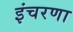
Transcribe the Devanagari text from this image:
इंचरणा